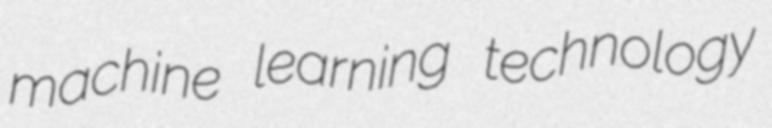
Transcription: machine learning technology